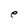
Character: e